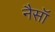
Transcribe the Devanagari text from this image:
नैसॉ